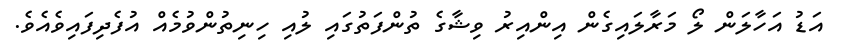
އަޑު އަހާލަން ލޯ މަރާލައިގެން އިންއިރު ވިޝާގެ ތުންފަތުގައި ލުއި ހިނިތުންވުމެއް އުފެދިފައިވެއެވެ.